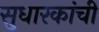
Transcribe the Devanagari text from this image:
सुधारकांची